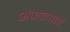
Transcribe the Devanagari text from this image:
अंजनपर्वा